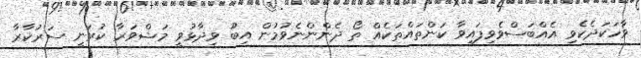
ވާހަކަދެކެވި އެއްބަސްވެވިފައިވާ ކަންތައްތަކެއް ތޯ ދެންންނެވުމުން އިބޫ ވިދާޅުވީ މަޝްވަރާ ކުރަނީ ސަރުކާރާ